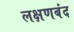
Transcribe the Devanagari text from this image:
लक्षणबंद